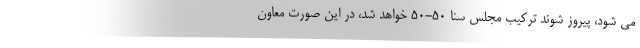
می شود، پیروز شوند ترکیب مجلس سنا 50-50 خواهد شد، در این صورت معاون